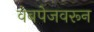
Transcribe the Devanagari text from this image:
वेबपेजवरून